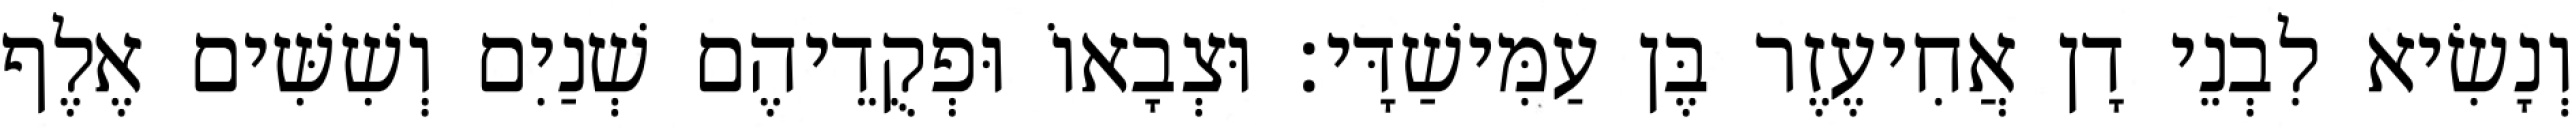
וְנָשִׂיא לִבְנֵי דָן אֲחִיעֶזֶר בֶּן עַמִּישַׁדָּי׃ וּצְבָאוֹ וּפְקֻדֵיהֶם שְׁנַיִם וְשִׁשִּׁים אֶלֶף